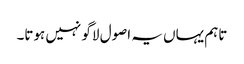
تاہم یہاں یہ اصول لاگو نہیں ہوتا۔